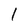
Character: 1